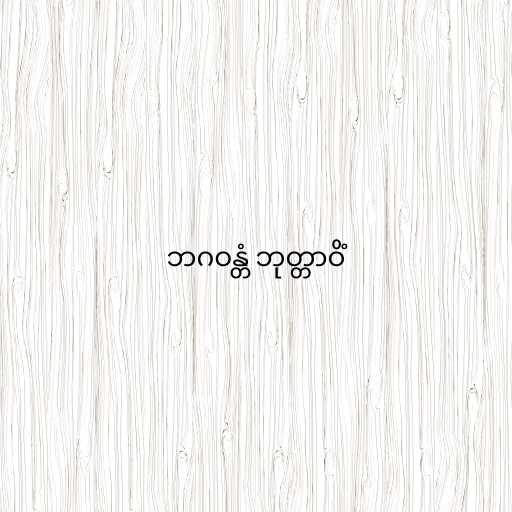
ဘဂဝန္တံ ဘုတ္တာဝိံ